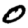
Digit: 0